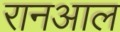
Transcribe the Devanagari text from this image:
रानआल